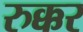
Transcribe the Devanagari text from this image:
रुक्कर